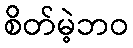
စိတ်မဲ့ဘဝ